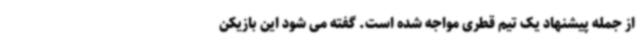
از جمله پیشنهاد یک تیم قطری مواجه شده است. گفته می شود این بازیکن